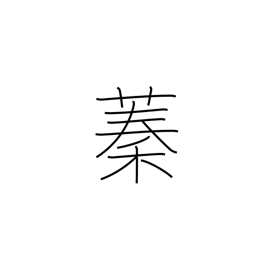
Meaning: thicket